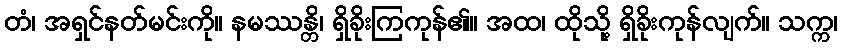
တံ၊ အရှင်နတ်မင်းကို။ နမဿန္တိ၊ ရှိခိုးကြကုန်၏။ အထ၊ ထိုသို့ ရှိခိုးကုန်လျက်။ သက္က၊